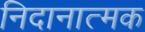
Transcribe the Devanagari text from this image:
निदानात्‍मक